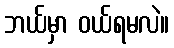
ဘယ်မှာ ဝယ်ရမလဲ။